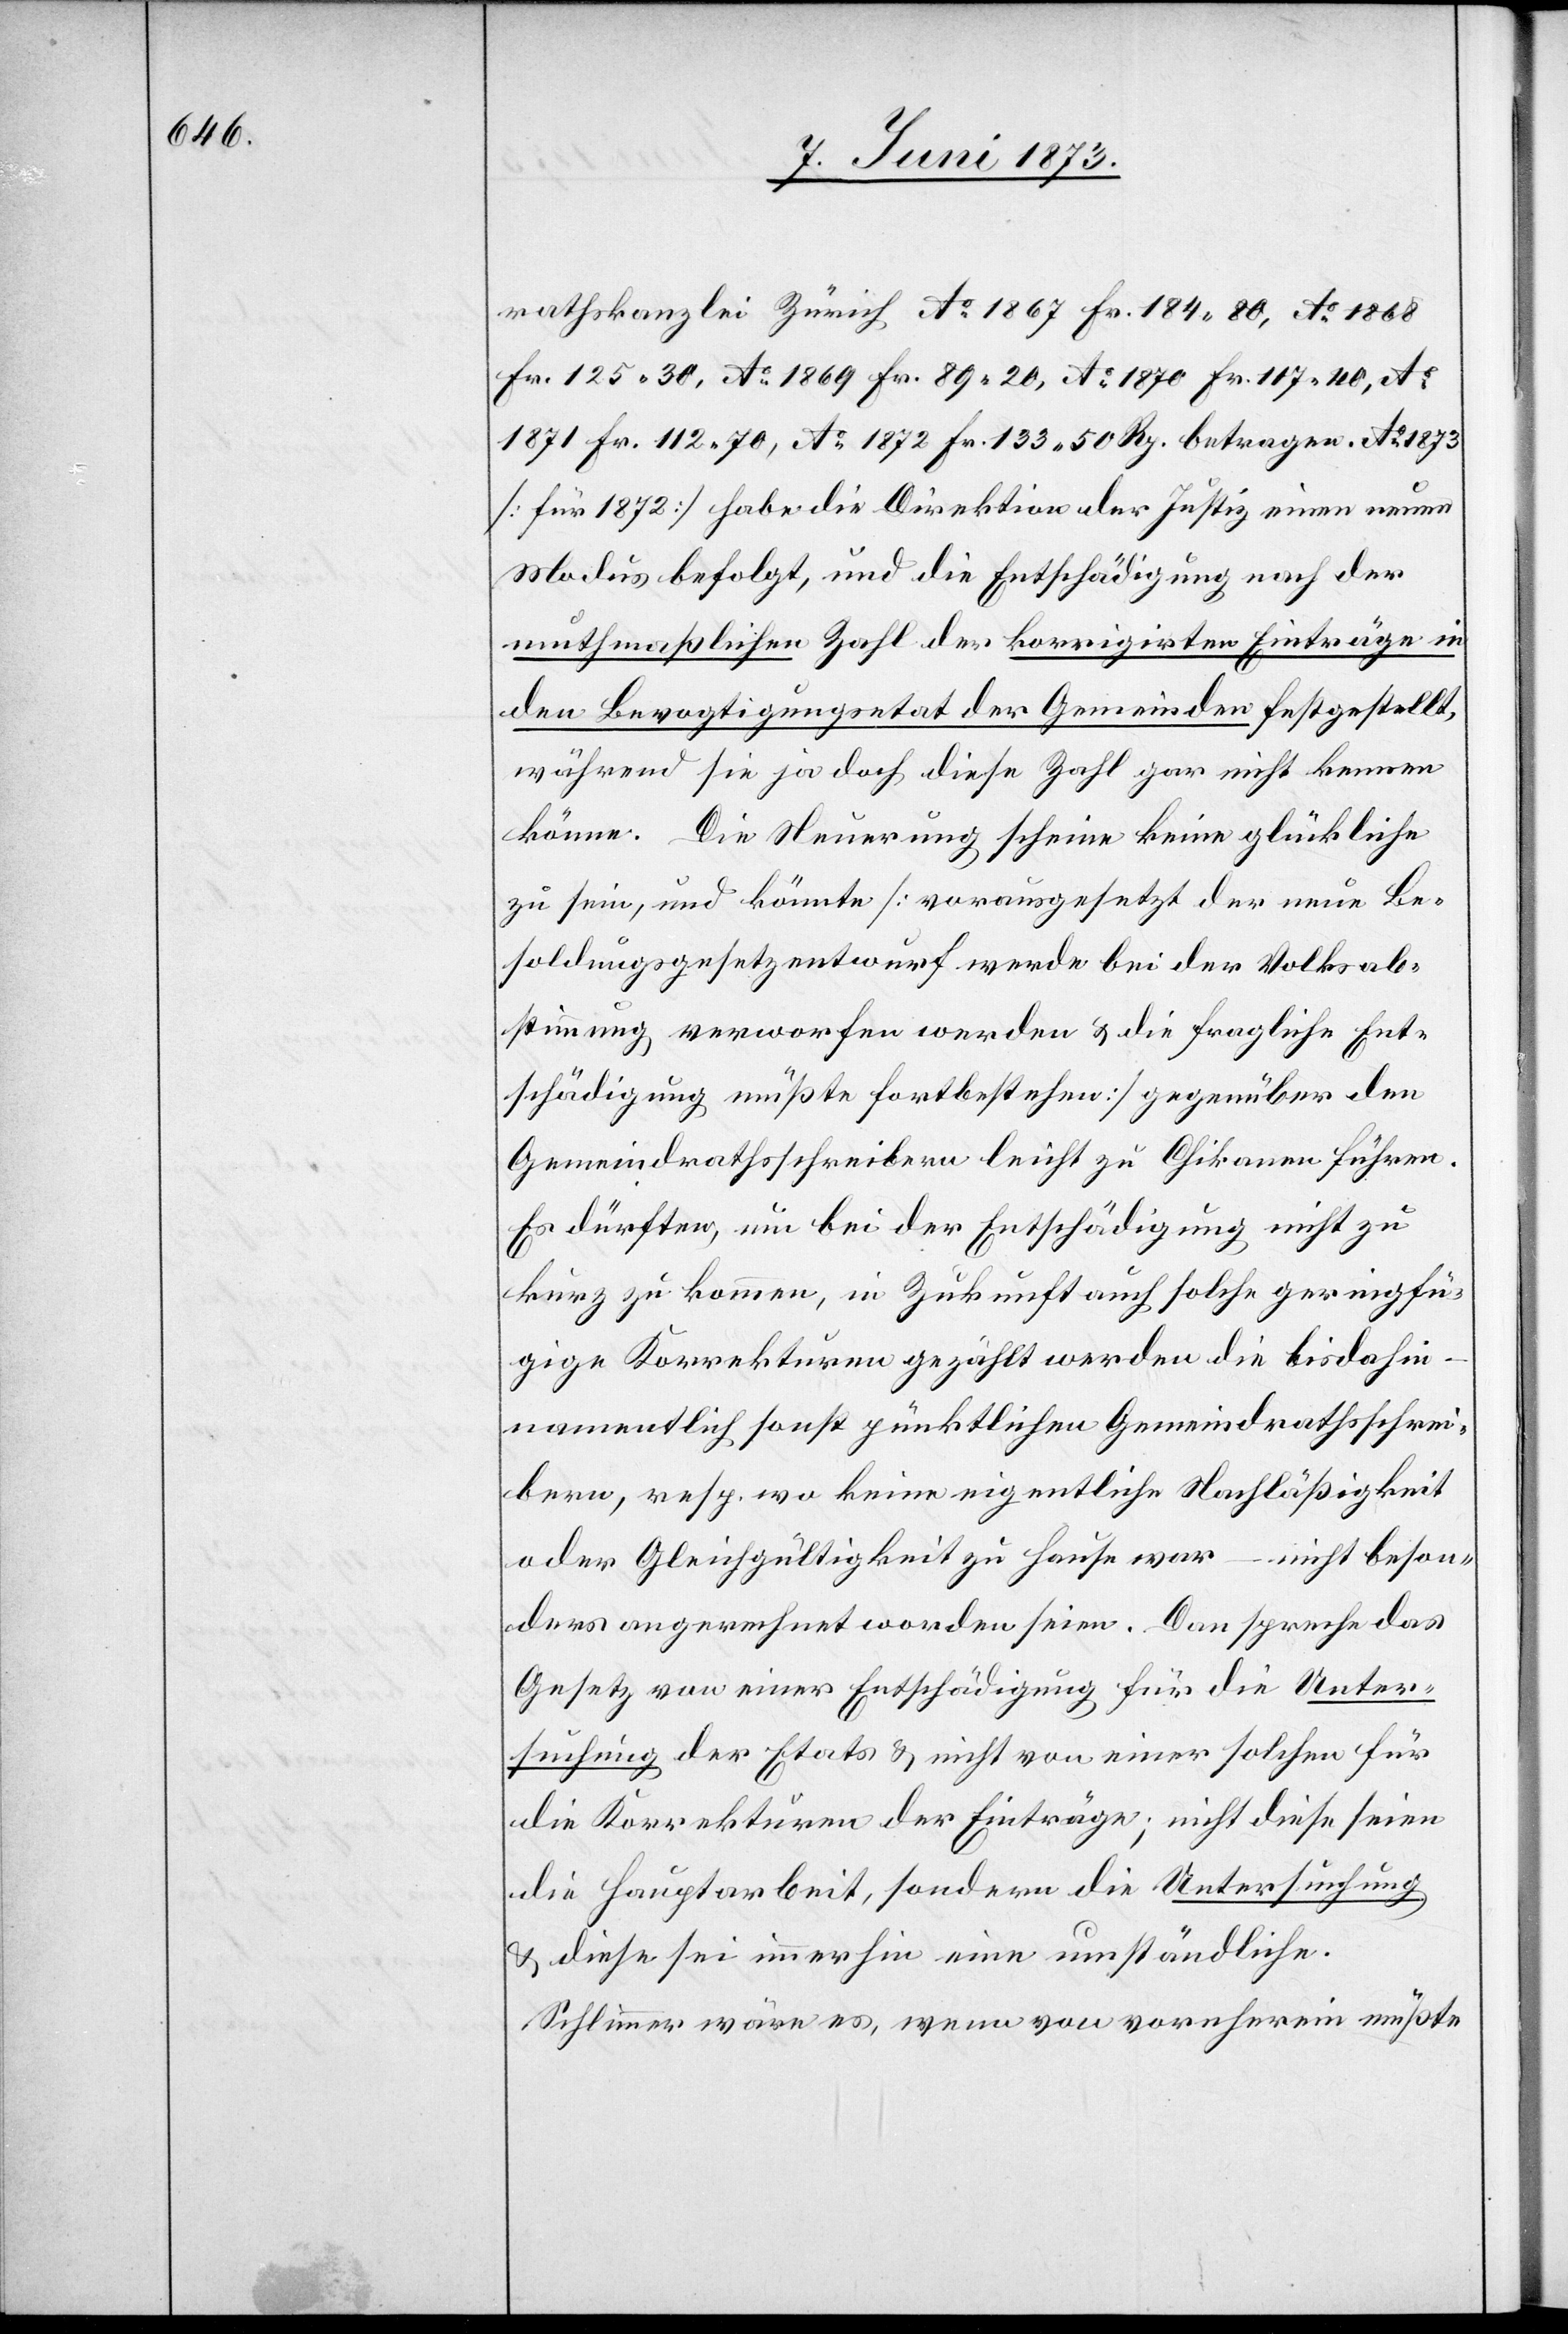
rathskanzlei Zürich Ao 1867 Fr. 184 80, Ao 1868
Fr. 125 30, Ao 1869 Fr. 89 20, Ao 1870 Fr. 107 40, Ao
1871 Fr. 112 70, Ao 1872 Fr. 133 50 Rp. betragen. Ao 1873
[für 1872] habe die Direktion der Justiz einen neuen
Modus befolgt, und die Entschädigung nach der
muthmaßlichen Zahl der korrigirten Einträge in
den Bevogtigungsetat der Gemeinden festgestellt,
während sie ja doch diese Zahl gar nicht kennen
könne. Die Neuerung scheine keine glückliche
zu sein, und könnte [vorausgesetzt der neue Be¬
soldungsgesetzentwurf werde bei der Volksab¬
stimmung verworfen werden & die fragliche Ent¬
schädigung müßte fortbestehen] gegenüber den
Gemeindrathsschreibern leicht zu Chikanen führen.
Es dürften, um bei der Entschädigung nicht zu
kurz zu kommen, in Zukunft auch solche geringfü¬
gige Korrekturen gezählt werden die bis dahin
namentlich sonst pünktlichen Gemeindrathsschrei¬
bern, resp. wo keine eigentliche Nachläßigkeit
oder Gleichgültigkeit zu Hause war – nicht beson¬
ders angerechnet worden seien. Dan [sic!] spreche das
Gesetz von einer Entschädigung für die Unter¬
suchung der Etats & nicht von einer solchen für
die Korrekturen der Einträge; nicht diese seien
die Hauptarbeit, sondern die Untersuchung
& diese sei immerhin eine umständliche.
Schlimmer wäre es, wenn von vornherein müßte